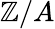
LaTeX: \mathbb{Z}/A